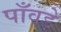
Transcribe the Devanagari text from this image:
पाँवड़े